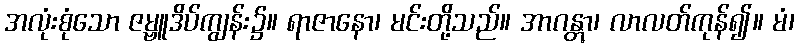
အလုံးစုံသော ဇမ္ဗူဒိပ်ကျွန်း၌။ ရာဇာနော၊ မင်းတို့သည်။ အာဂန္တွာ၊ လာလတ်ကုန်၍။ မံ၊